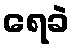
ရေခဲ